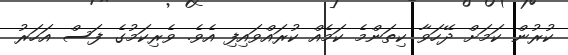
ކުރުން ކަމަށް ދޭހަވާ ކިތަންމެ ކަމެއް ކުރައްވައިފި އެވެ. ވެރިކަމުގެ ފަސް އަހަރު